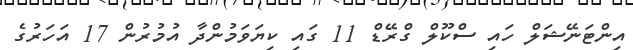
އިންޓަނޭޝަލް ހައި ސްކޫލް ގްރޭޑް 11 ގައި ކިޔަވަމުންދާ އުމުރުން 17 އަހަރުގެ